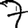
Digit: 7